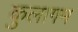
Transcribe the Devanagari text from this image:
कुलागम